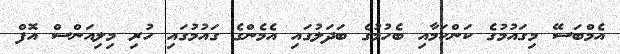
އެމްބަސޭ މިގައުމުގެ ކަންކަމާއި ބެހުމުގެ ބަދަލުގައި އެމެންގެ ގައުމުގައި ހުރި މިލިއަންސް އޮފް